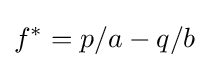
f^{*}=p/a-q/b